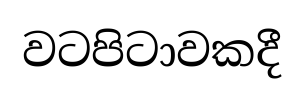
වටපිටාවකදී